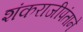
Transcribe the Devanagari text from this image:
शंकराजीपंताने